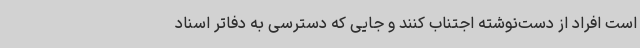
است افراد از دست‌نوشته اجتناب کنند و جایی که دسترسی به دفاتر اسناد